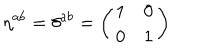
LaTeX: \eta ^ { a b } = \delta ^ { a b } = \left( \begin{array} { c c } { { 1 } } & { { 0 } } \\ { { 0 } } & { { 1 } } \\ \end{array} \right)